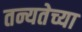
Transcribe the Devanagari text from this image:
तन्यतेच्या